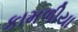
કામળીયા